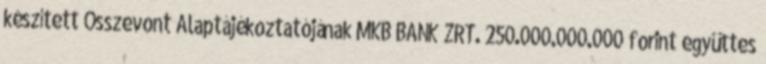
készített Összevont Alaptájékoztatójának MKB BANK ZRT. 250.000.000.000 forint együttes